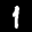
Label: 1